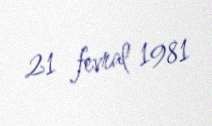
21 fevral 1981